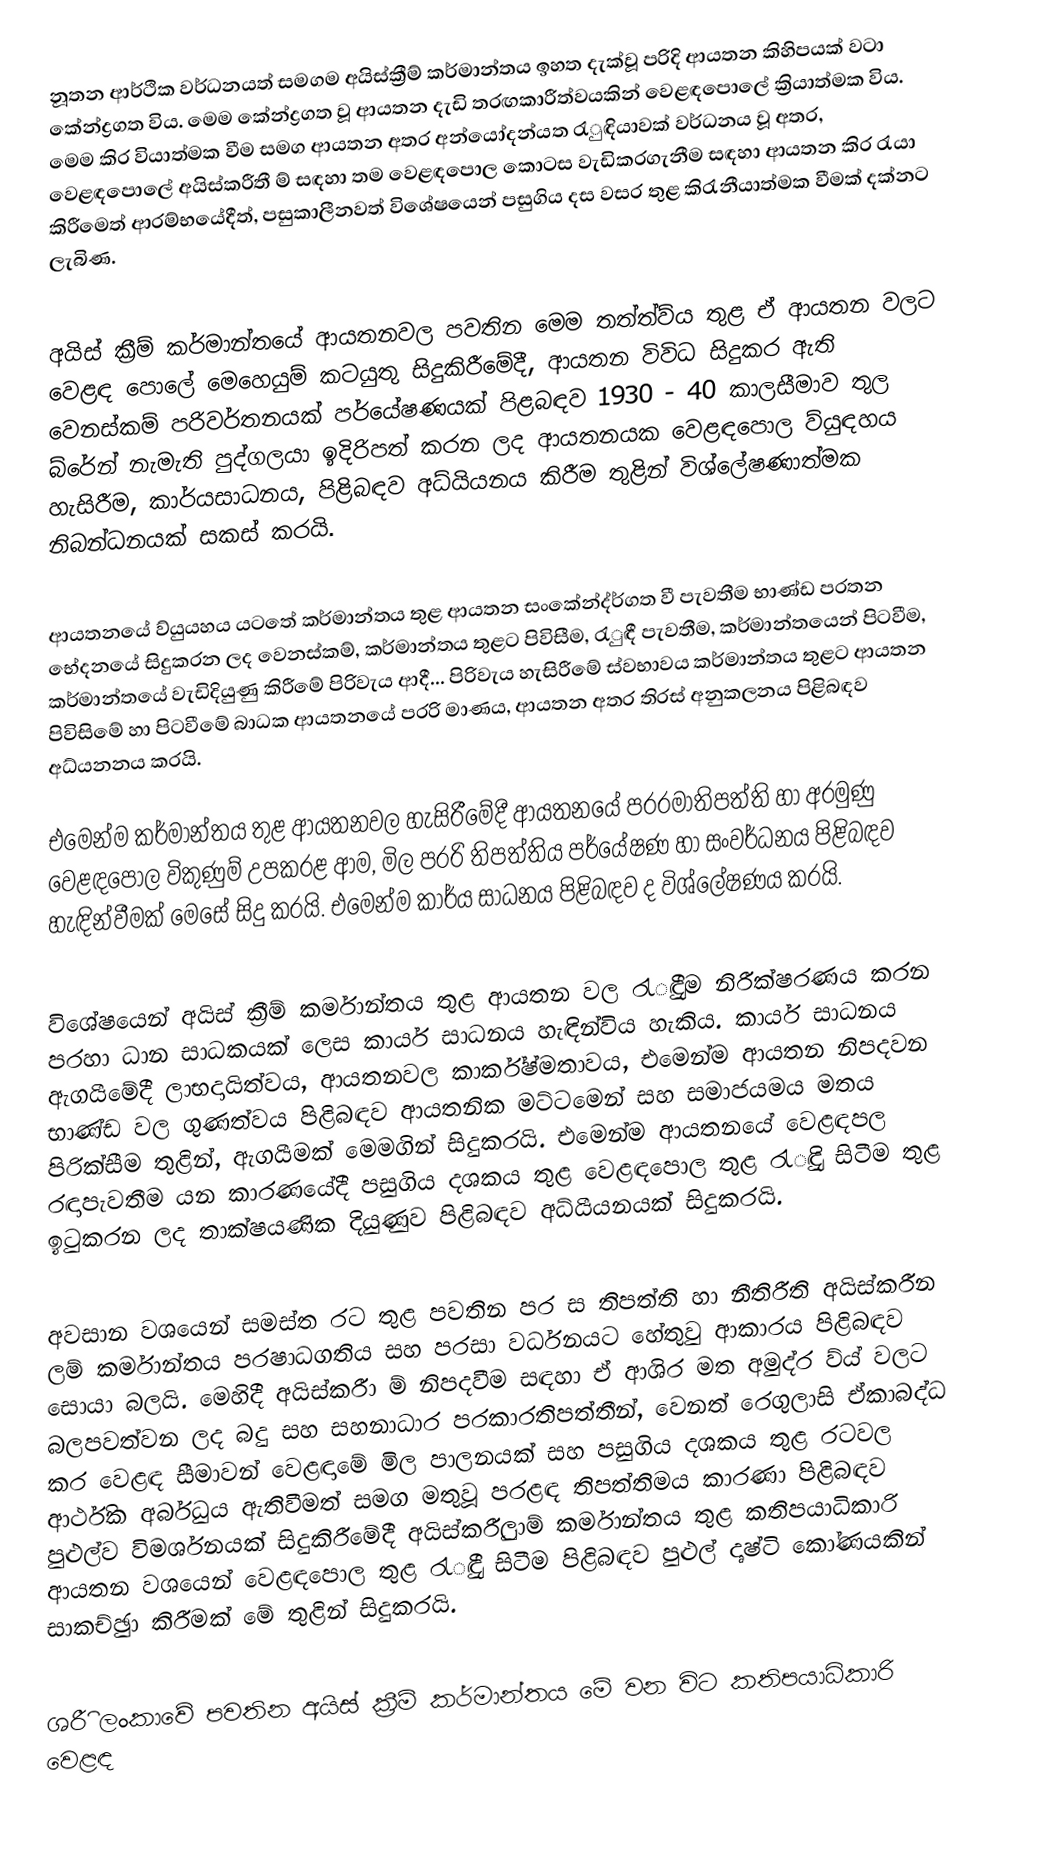
නූතන ආර්ථික වර්ධනයත් සමගම අයිස්ක්‍රීම්  කර්මාන්තය ඉහත දැක්වූ පරිදි ආයතන කිහිපයක් වටා කේන්ද්‍රගත විය. මෙම කේන්ද්‍රගත වූ ආයතන දැඩි තරඟකාරීත්වයකින් වෙළඳපොලේ ක්‍රියාත්මක විය. මෙම කිර වියාත්මක වීම සමග ආයතන අතර අන්යෝදන්යත රැුඳියාවක් වර්ධනය වූ අතර, වෙළඳපොලේ අයිස්කරීතී ම් සඳහා තම වෙළඳපොල කොටස වැඩිකරගැනීම සඳහා ආයතන කිර රැයා කිරීමෙත් ආරම්භයේදීත්, පසුකාලීනවත් විශේෂයෙන් පසුගිය දස වසර තුළ කිරැනීයාත්මක වීමක් දක්නට ලැබිණ.

අයිස් ක්‍රීම් කර්මාන්තයේ ආයතනවල පවතින මෙම තත්ත්ව්ය තුළ ඒ ආයතන වලට වෙළඳ පොලේ මෙහෙයුම් කටයුතු සිදුකිරීමේදී, ආයතන විවිධ සිදුකර ඇති වෙනස්කම් පරිවර්තනයක් පර්යේෂණයක් පිළබඳව 1930 - 40 කාලසීමාව තුල බ්රේන් නැමැති පුද්ගලයා ඉදිරිපත් කරන ලද ආයතනයක වෙළඳපොල ව්යුඳහය හැසිරීම, කාර්යසාධනය, පිළිබඳව අධ්යියනය කිරීම තුළින් විශ්ලේෂණාත්මක නිබන්ධනයක් සකස් කරයි.

ආයතනයේ ව්යුයහය යටතේ කර්මාන්තය තුළ ආයතන සංකේන්ද්ර්ගත වී පැවතීම භාණ්ඩ පරතන භේදනයේ සිදුකරන ලද වෙනස්කම්, කර්මාන්තය තුළට පිවිසීම, රැුඳී පැවතීම, කර්මාන්තයෙන් පිටවීම, කර්මාන්තයේ වැඩිදියුණු කිරීමේ පිරිවැය ආදී... පිරිවැය හැසිරීමේ ස්වභාවය කර්මාන්තය තුළට ආයතන පිවිසිමේ හා පිටවීමේ බාධක ආයතනයේ පරරි මාණය, ආයතන අතර තිරස් අනුකලනය පිළිබඳව අධ්යනනය කරයි.

එමෙන්ම කර්මාන්තය තුළ ආයතනවල හැසිරීමේදී ආයතනයේ පරරමාතිපත්ති හා අරමුණු වෙළඳපොල විකුණුම් උපකරළ ආම, මිල පරරි තිපත්තිය පර්යේෂණ හා සංවර්ධනය පිළිබඳව හැඳින්වීමක් මෙසේ සිදු කරයි. එමෙන්ම කාර්ය සාධනය පිළිබඳව ද විශ්ලේෂණය කරයි.

විශේෂයෙන් අයිස් ක්‍රීම් කර්මාන්තය තුළ ආයතන වල රැුඳීම නිරීක්ෂරණය කරන පරහා ධාන සාධකයක් ලෙස කාර්ය සාධනය හැඳින්විය හැකිය. කාර්ය සාධනය ඇගයීමේදී ලාභදායිත්වය, ආයතනවල කාර්ක්ෂ්මතාවය, එමෙන්ම ආයතන නිපදවන භාණ්ඩ වල ගුණත්වය පිළිබඳව ආයතනික මට්ටමෙන් සහ සමාජයමය මතය පිරික්සීම තුළින්, ඇගයීමක් මෙමගින් සිදුකරයි. එමෙන්ම ආයතනයේ වෙළඳපල රඳාපැවතීම යන කාරණයේදී පසුගිය දශකය තුළ වෙළඳපොල තුළ රැුඳි සිටීම තුළ ඉටුකරන ලද තාක්ෂයණික දියුණුව පිළිබඳව අධ්යීයනයක් සිදුකරයි.

අවසාන වශයෙන් සමස්ත රට තුළ පවතින පර ස තිපත්ති හා නීතිරීති අයිස්කරීන ලම් කර්මාන්තය පරෂාධගතිය සහ පරසා වර්ධනයට හේතුවු ආකාරය පිළිබඳව සොයා බලයි. මෙහිදී අයිස්කරීා  ම් නිපදවීම සඳහා ඒ ආශිර‍ මත අමුද්ර ව්ය් වලට බලපවත්වන ලද බදු සහ සහනාධාර පරකාරතිපත්තීන්, වෙනත් රෙගුලාසි ඒකාබද්ධ කර වෙළඳ සීමාවන් වෙළඳාමේ මිල පාලනයක් සහ පසුගිය දශකය තුළ රටවල ආර්ථික අර්බුධය ඇතිවීමත් සමග මතුවූ පරළඳ තිපත්තිමය කාරණා පිළිබඳව පුළුල්ව විමර්ශනයක් සිදුකිරීමේදී අයිස්කරීුලාම් කර්මාන්තය තුළ කතිපයාධිකාරි ආයතන වශයෙන් වෙළඳපොල තුළ රැුඳී සිටීම පිළිබඳව පුළුල් දෘෂ්ටි කෝණයකින් සාකච්ඡුා කිරීමක් මේ තුළින් සිදුකරයි.

ශරීි   ලංකාවේ පවතින අයිස් ක්‍රීම් කර්මාන්තය මේ වන විට කතිපයාධිකාරි වෙළඳ